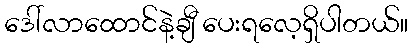
ဒေါ်လာထောင်နဲ့ချီ ပေးရလေ့ရှိပါတယ်။